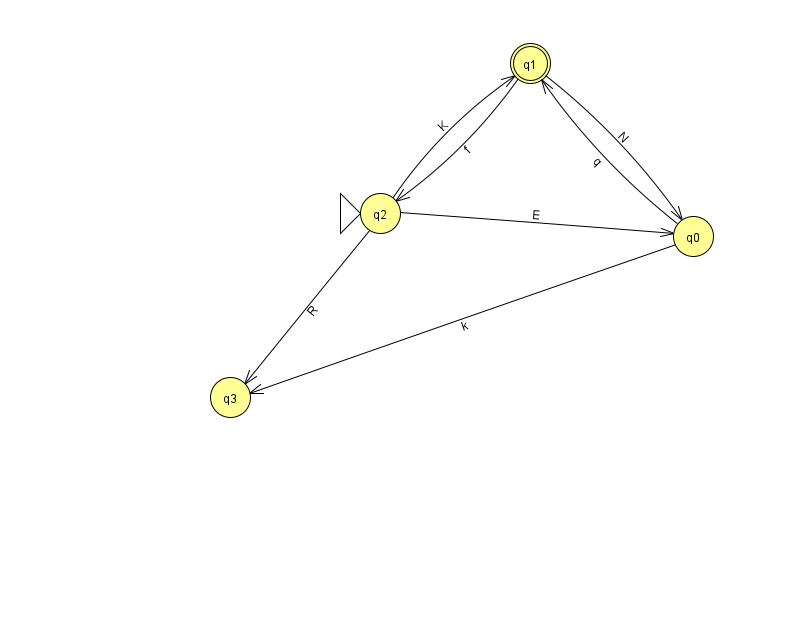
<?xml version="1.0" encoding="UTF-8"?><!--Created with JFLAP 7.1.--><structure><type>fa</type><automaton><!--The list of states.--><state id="0" name="q0"><x>693.0</x><y>223.0</y></state><state id="1" name="q1"><x>530.0</x><y>50.0</y><final/></state><state id="2" name="q2"><x>380.0</x><y>200.0</y><initial/></state><state id="3" name="q3"><x>230.0</x><y>384.0</y></state><!--The list of transitions.--><transition><from>0</from><to>1</to><read>q</read></transition><transition><from>2</from><to>1</to><read>K</read></transition><transition><from>1</from><to>2</to><read>f</read></transition><transition><from>0</from><to>3</to><read>k</read></transition><transition><from>2</from><to>0</to><read>E</read></transition><transition><from>1</from><to>0</to><read>N</read></transition><transition><from>2</from><to>3</to><read>R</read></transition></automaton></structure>